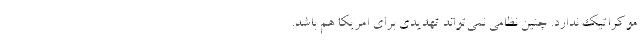
موكراتيك ندارد. چنين نظامي نمي‌تواند تهديدي براي امريكا هم باشد.